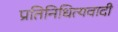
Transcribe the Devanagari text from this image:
प्रतिनिधित्यवादी